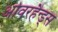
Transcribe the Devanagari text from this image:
ओवरहैन्ड्स